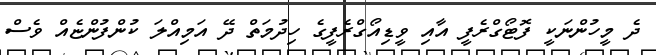
ދެ މީހުންނަކީ ފޮޓޯގްރެފީ އާއި ވީޑިއޯގްރެފީގެ ހިދުމަތް ދޭ އަމިއްލަ ކުންފުންޏެއް ވެސް